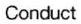
Conduct